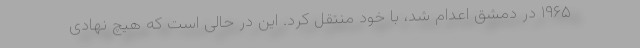
۱۹۶۵ در دمشق اعدام شد، با خود منتقل کرد. این در حالی است که هیچ نهادی